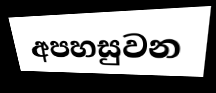
අපහසුවන